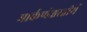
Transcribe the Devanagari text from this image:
मार्कण्डेश्वरतीर्थ